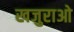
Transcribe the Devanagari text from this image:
खजुराओ